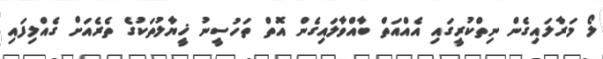
ލޯ މަރާލައިގެން ނިތްކުރީގައި އެއްއަތް ބާއްވާލައިގެން އޮތް ތަހުސީނު ޚީޔާލުތަކުގެ ތެރެއަށް ގެއްލިފައި